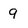
Character: 9